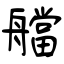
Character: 艡